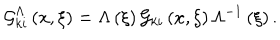
LaTeX: { \cal G } _ { k i } ^ { \Lambda } \left( { x , \xi } \right) = \Lambda \left( \xi \right) { \cal G } _ { k i } \left( { x , \xi } \right) \Lambda ^ { - 1 } \left( \xi \right) .